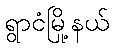
ရွာငံမြို့နယ်